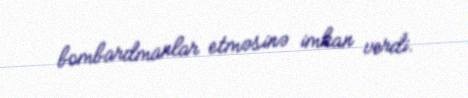
bombardmanlar etməsinə imkan verdi.